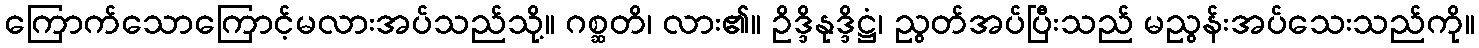
ကြောက်သောကြောင့်မလားအပ်သည်သို့။ ဂစ္ဆတိ၊ လား၏။ ဥိဒ္ဒိနုဒ္ဒိဋ္ဌံ၊ ညွတ်အပ်ပြီးသည် မညွန်းအပ်သေးသည်ကို။